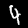
Digit: 4